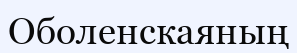
Оболенскаяның